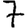
Digit: 7